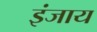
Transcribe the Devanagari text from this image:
इंजाय